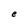
Character: e